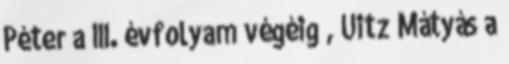
Péter a III. évfolyam végéig , Uitz Mátyás a